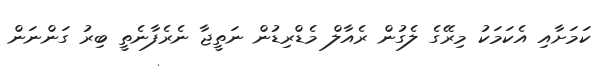
ކަމަށާއި އެކަމަކު މިރޭގެ ލެގުން ރެއާލް މެޑްރިޑުން ނަތީޖާ ނެރެފާނެތީ ބިރު ގަންނަން